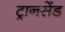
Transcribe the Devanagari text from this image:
ट्रानसेंड